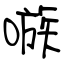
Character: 嗾